Scottish Certificate of Education, 1963
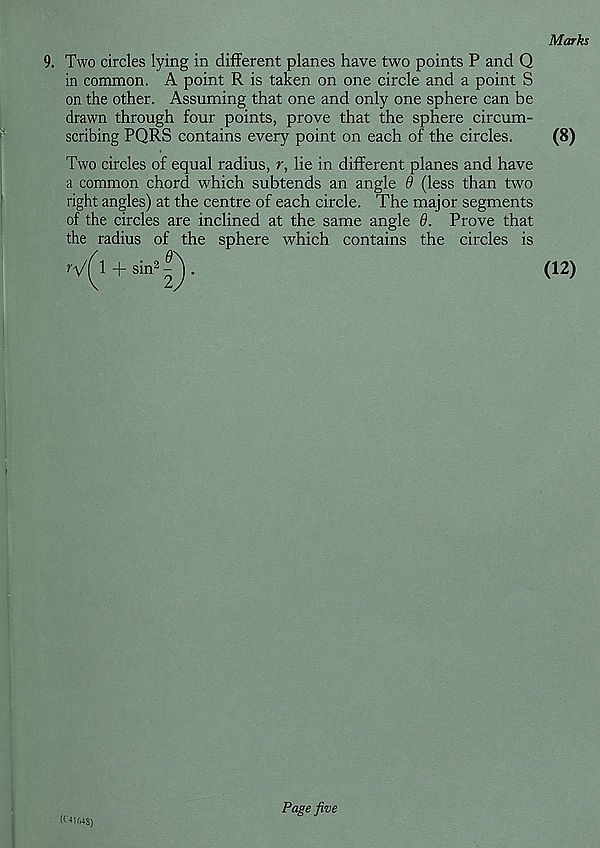
Marks
9. Two circles lying in different planes have two points P and Q
in common. A point R is taken on one circle and a point S
on the other. Assuming that one and only one sphere can be
drawn through four points, prove that the sphere circum-
scribing PQRS contains every point on each of the circles.
(8)
Two circles of equal radius, r, lie in different planes and have
a common chord which subtends an angle 6 (less than two
right angles) at the centre of each circle. The major segments
of the circles are inclined at the same angle 9. Prove that
the radius of the sphere which contains the circles is
ry/l + sin 2 £).
(12)
(011M8)
Page five